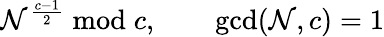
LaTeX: \mathcal{N}^{\frac{{c-1}}{{2}}}{\bmod{c}},\qquad\operatorname*{gcd}(\mathcal{N},c)=1